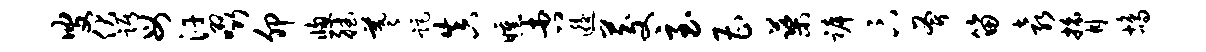
叟伏踞母汗啜卯窗德羲距真曛杏逅茭至曹蕖裤卞斧笛袁膂鸪